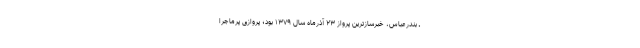
ـ بندرعباس، خبرسازترین پرواز ۲۳ آذرماه سال ۱۳۷۹ بود؛ پروازی پرماجرا